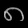
Digit: ၈